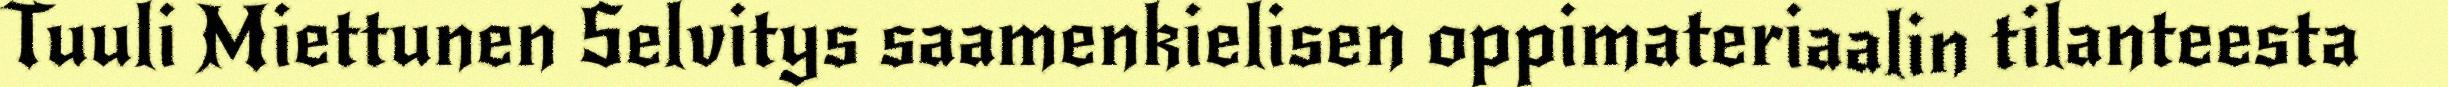
Tuuli Miettunen Selvitys saamenkielisen oppimateriaalin tilanteesta